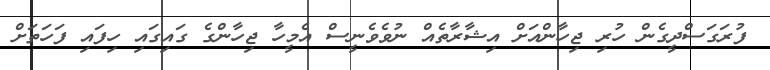
ފުރަގަސްދީގެން ހުރި ޖިހާންއަށް އިޝާރާތެއް ނުވެވެނީސް އެމީހާ ޖިހާންގެ ގައިގައި ހިފައި ފަހަތަށް